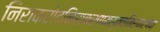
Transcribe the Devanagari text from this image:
निराकरोदनिराकरणमस्त्वनिराकरणम्